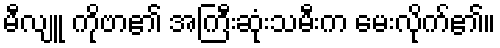
မီလျူ ကိုဗာ၏ အကြီးဆုံးသမီးက မေးလိုက်၏။